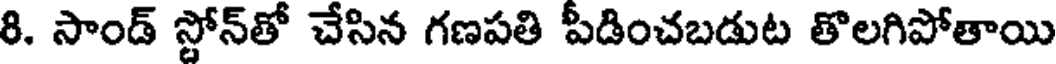
8. సాండ్ స్టోన్తో చేసిన గణపతి పీడించబడుట తొలగిపోతాయి